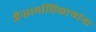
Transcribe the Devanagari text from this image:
जैनधर्माधिकार्‍यांना